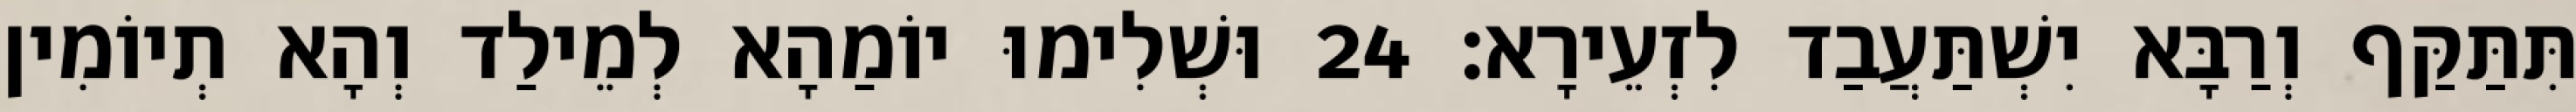
תִּתַּקַּף וְרַבָּא יִשְׁתַּעֲבַד לִזְעֵירָא׃ 24 וּשְׁלִימוּ יוֹמַהָא לְמֵילַד וְהָא תְיוֹמִין